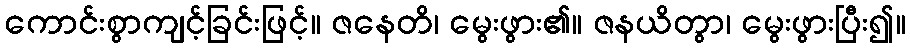
ကောင်းစွာကျင့်ခြင်းဖြင့်။ ဇနေတိ၊ မွေးဖွား၏။ ဇနယိတွာ၊ မွေးဖွားပြီး၍။